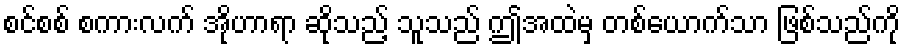
စင်စစ် စကားလက် အိုဟာရာ ဆိုသည့် သူသည် ဤအထဲမှ တစ်ယောက်သာ ဖြစ်သည်ကို